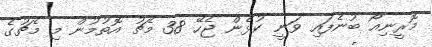
މޮރީނިއޯ ބުނެފައި ވަނީ ކުޅެން ޖެހޭ 38 މެޗު އޮތުމުން މި މެޗުގެ